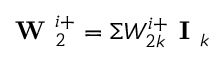
\textbf { W } _ { 2 } ^ { i + } = \Sigma W _ { 2 k } ^ { i + } \textbf { I } _ { k }